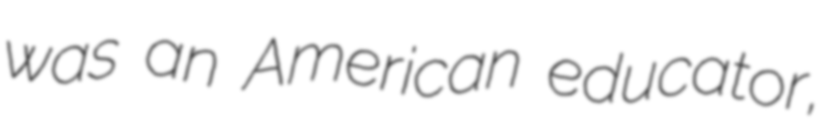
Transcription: was an American educator,